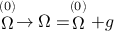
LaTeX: \stackrel { ( 0 ) } { \Omega } \rightarrow \Omega = \stackrel { ( 0 ) } { \Omega } + g